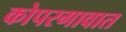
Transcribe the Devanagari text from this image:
कोपरगावात